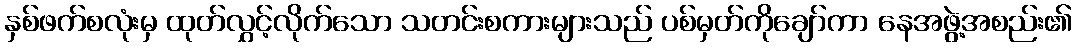
နှစ်ဖက်စလုံးမှ ထုတ်လွှင့်လိုက်သော သတင်းစကားများသည် ပစ်မှတ်ကိုချော်ကာ နေအဖွဲ့အစည်း၏